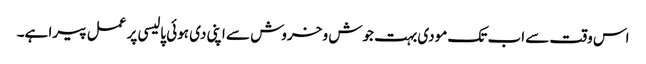
اس وقت سے اب تک مودی بہت جوش و خروش سے اپنی دی ہوئی پالیسی پر عمل پیرا ہے۔